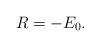
LaTeX: \begin{align*} R = - E_0.\end{align*}